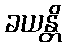
ခယန္တိ